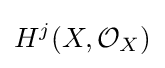
H^{j}(X,{\mathcal {O}}_{X})